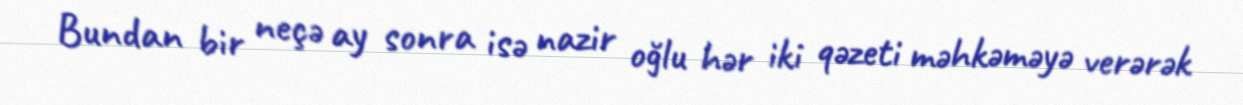
Bundan bir neçə ay sonra isə nazir oğlu hər iki qəzeti məhkəməyə verərək